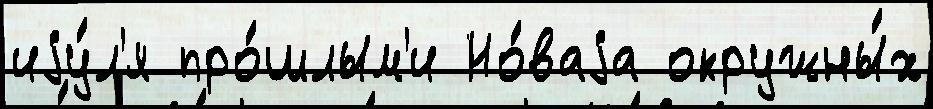
иjу́л'я про́шлым'и Но́ваjа окружны́х